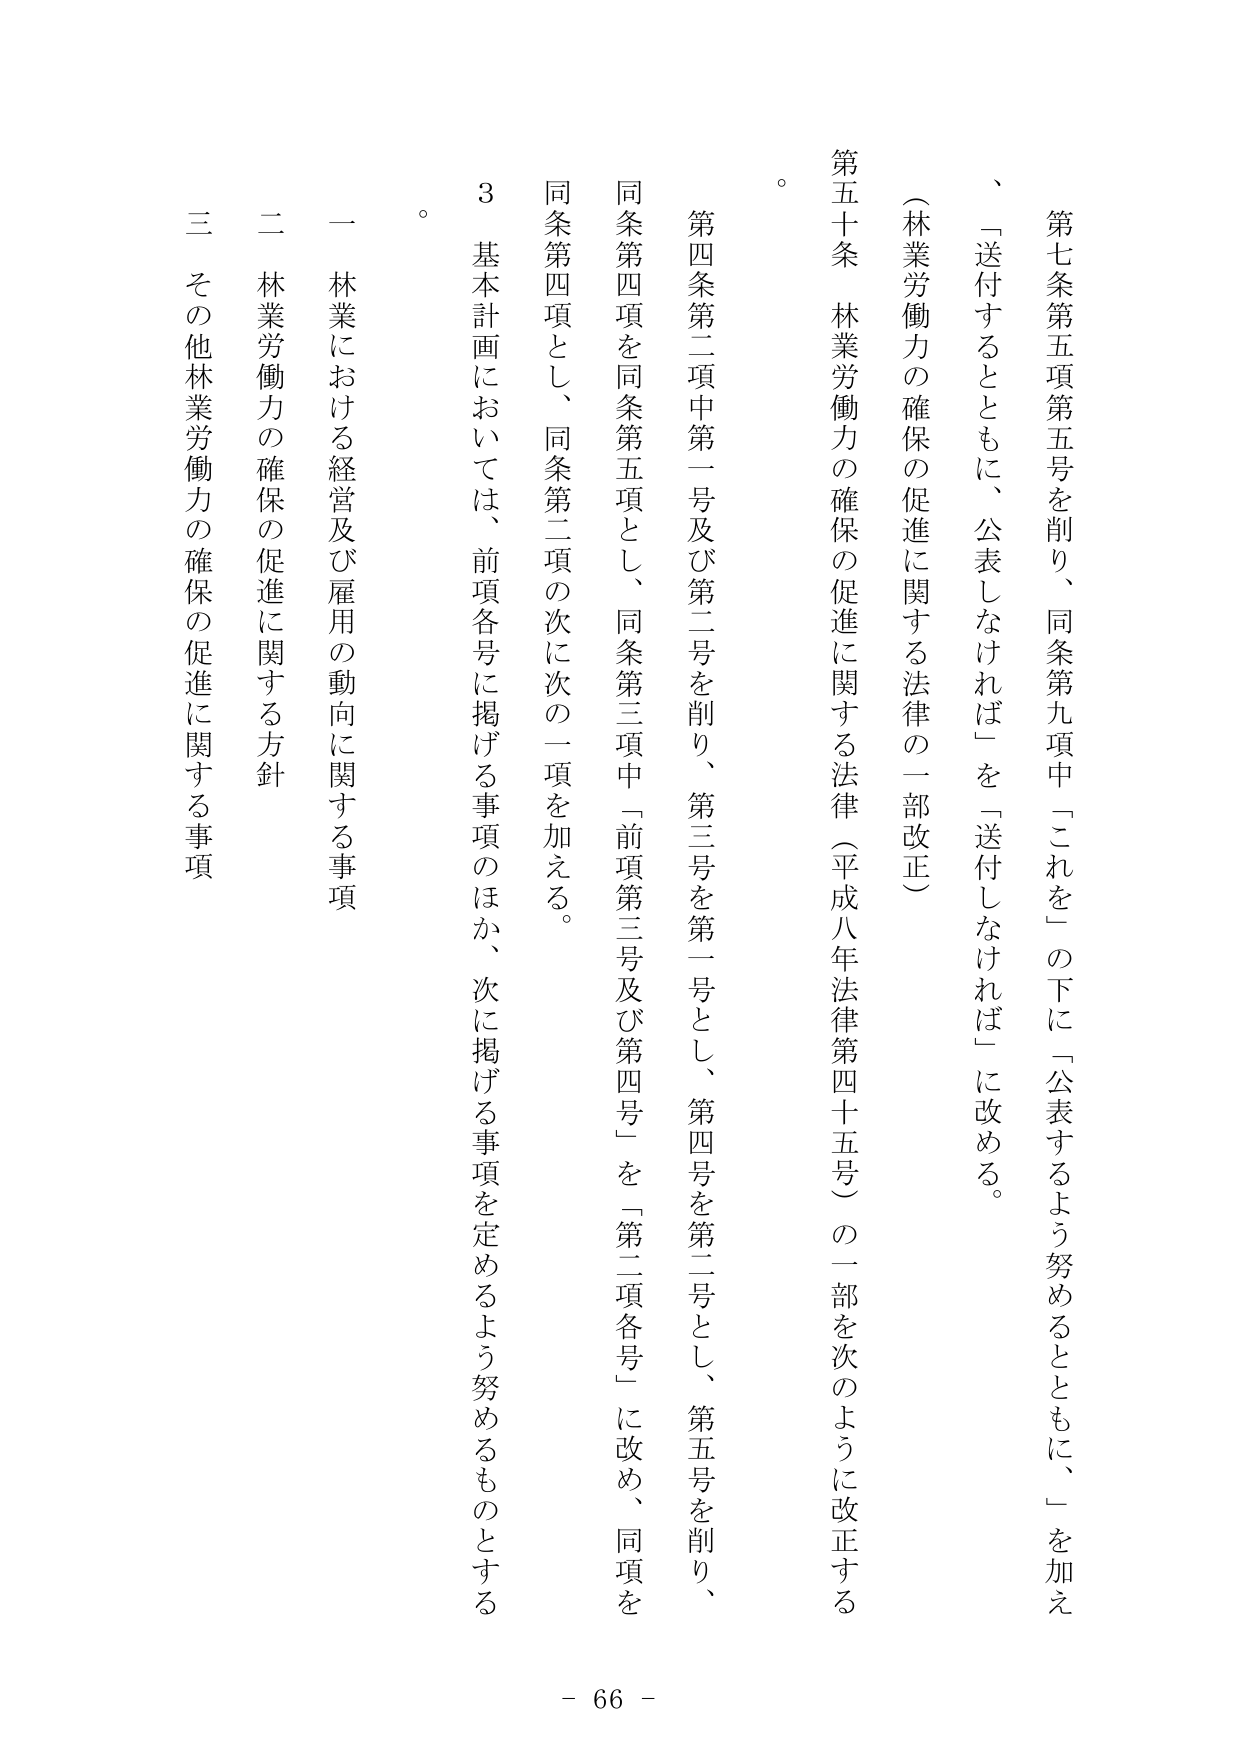
第七条第五項第五号を削り、同条第九項中「これを」の下に「公表するよう努めるとともに、」を加え、 「送付するとともに、公表しなければ」を「送付しなければ」に改める。

（林業労働力の確保の促進に関する法律の一部改正）

第五十条 林業労働力の確保の促進に関する法律（平成八年法律第四十五号）の一部を次のように改正する。

第四条第二項中第一号及び第二号を削り、第三号を第一号とし、第四号を第二号とし、第五号を削り、同条第四項を同条第五項とし、同条第三項中「前項第三号及び第四号」を「第二項各号」に改め、同項を同条第四項とし、同条第二項の次に次の一項を加える。

３ 基本計画においては、前項各号に掲げる事項のほか、次に掲げる事項を定めるよう努めるものとする。

一 林業における経営及び雇用の動向に関する事項

二 林業労働力の確保の促進に関する方針

三 その他林業労働力の確保の促進に関する事項

。

- 66 -